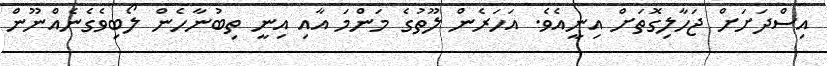
އިސްދަށަށް ޖަހާލިގޮތަށް އިނީއެވެ. އަހަރެން ލޫތުގެ މަންމަ އާއި އިނީ ތިބުނާހެން ލޯބިވެގެނެއްނޫން